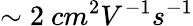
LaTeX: \sim 2\ cm^{2}V^{-1}s^{-1}